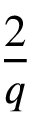
\frac { 2 } { q }